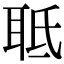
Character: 𦕑